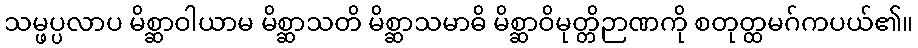
သမ္ဖပ္ပလာပ မိစ္ဆာဝါယာမ မိစ္ဆာသတိ မိစ္ဆာသမာဓိ မိစ္ဆာဝိမုတ္တိဉာဏကို စတုတ္ထမဂ်ကပယ်၏။